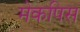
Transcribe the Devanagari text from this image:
मेकपिस